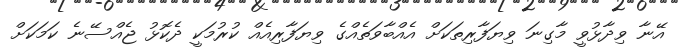
އޭނާ ވިދާޅުވީ މާގިނަ ވިޔަފާރިތަކަށް އެއްބާވަތެއްގެ ވިޔަފާރިއެއް ކުރުމަކީ ދެކޮޅު ޖެއްސޭނެ ކަމަކަށް